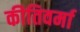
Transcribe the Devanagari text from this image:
कीतिवर्मा